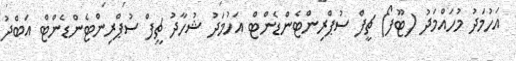
އަހުމަދު މުހައްމަދު (ޓޫފޯ) ޗީފް ސުޕްރިންޓެންޑެންޓް އަހުމަދު ޝުހާދު ޗީފް ސުޕްރިންޓެންޑެންޓް އަބްދު